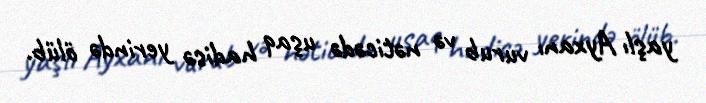
yaşlı Ayxanı vurub və nəticədə uşaq hadisə yerində ölüb.